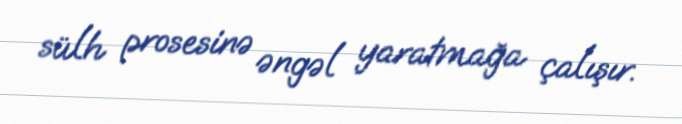
sülh prosesinə əngəl yaratmağa çalışır.